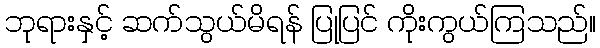
ဘုရားနှင့် ဆက်သွယ်မိရန် ပြုပြင် ကိုးကွယ်ကြသည်။